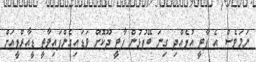
ނަމަވެސް އެ ޕާޓީ އުފެއްދި ގިނަ ބޭފުޅުން ޕާޓީ ދޫކޮށް ވަޑައިގެންފައިވާތީ ޑީއާރްޕީއަށް